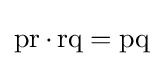
\operatorname {pr} \cdot \operatorname {rq} =\operatorname {pq}